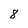
Character: 8